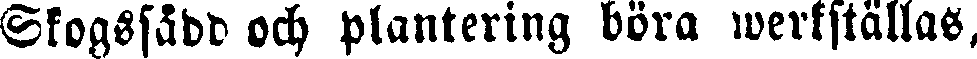
Skogssådd och plantering böra werkställas,